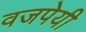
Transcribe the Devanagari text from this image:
वजपेयी